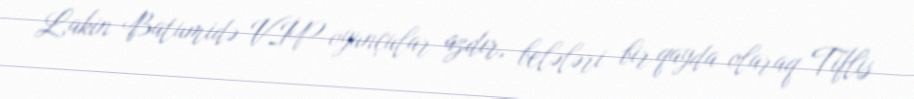
Lakin Batumidə VİP-oyunçular azdır, belələri bir qayda olaraq Tiflis